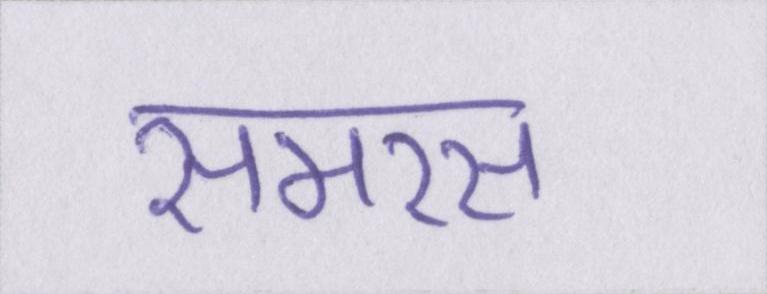
समरस